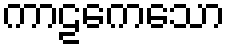
ကာဠကေသော